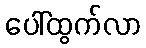
ပေါ်ထွက်လာ